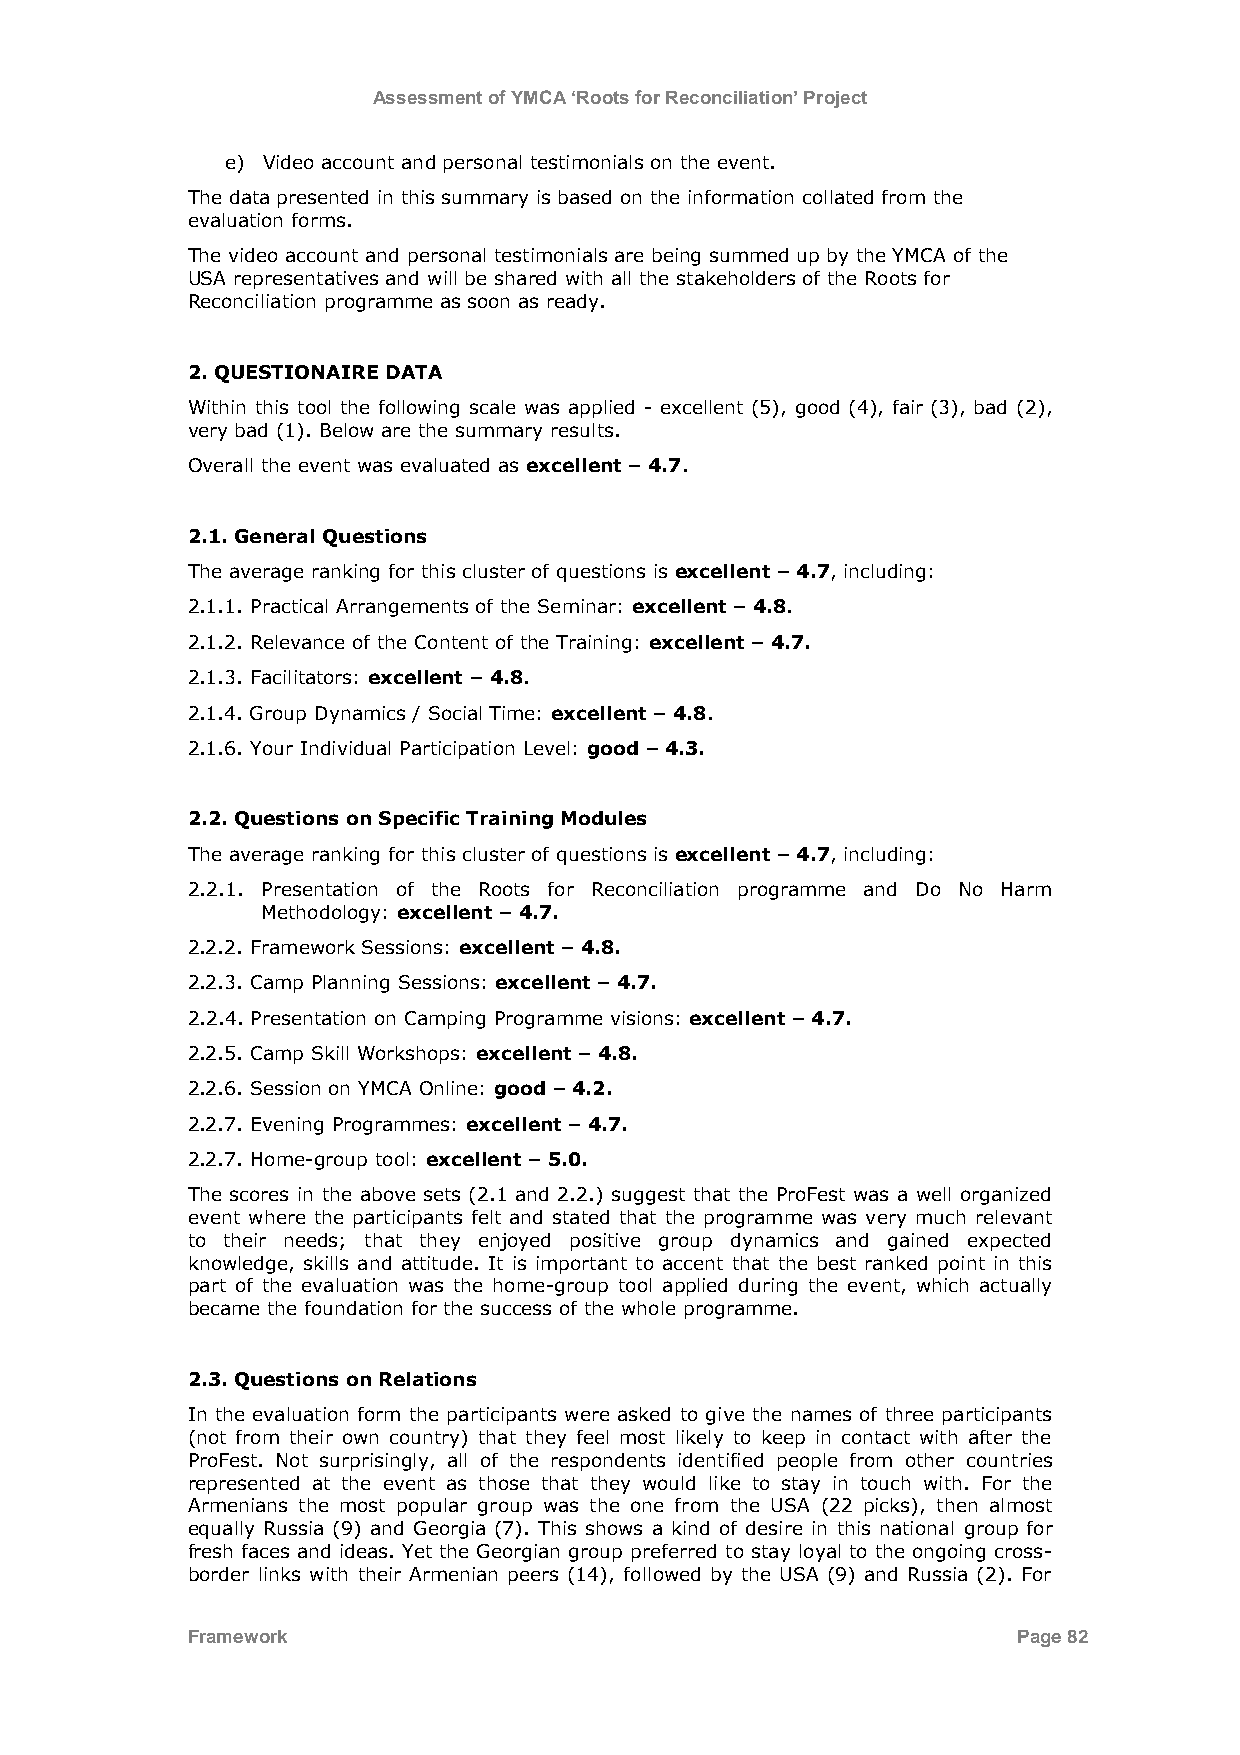
Assessment of YMCA ‘Roots for Reconciliation’ Project
 e) Video account and personal testimonials on the event.
 The data presented in this summary is based on the information collated from the
 evaluation forms.
 The video account and personal testimonials are being summed up by the YMCA of the
 USA representatives and will be shared with all the stakeholders of the Roots for
 Reconciliation programme as soon as ready.
 2. QUESTIONAIRE DATA
 Within this tool the following scale was applied - excellent (5), good (4), fair (3), bad (2),
 very bad (1). Below are the summary results.
 Overall the event was evaluated as excellent – 4.7.
 2.1. General Questions
 The average ranking for this cluster of questions is excellent – 4.7, including:
 2.1.1. Practical Arrangements of the Seminar: excellent – 4.8.
 2.1.2. Relevance of the Content of the Training: excellent – 4.7.
 2.1.3. Facilitators: excellent – 4.8.
 2.1.4. Group Dynamics / Social Time: excellent – 4.8.
 2.1.6. Your Individual Participation Level: good – 4.3.
 2.2. Questions on Specific Training Modules
 The average ranking for this cluster of questions is excellent – 4.7, including:
 2.2.1. Presentation of the Roots for Reconciliation programme and Do No Harm
 Methodology: excellent – 4.7.
 2.2.2. Framework Sessions: excellent – 4.8.
 2.2.3. Camp Planning Sessions: excellent – 4.7.
 2.2.4. Presentation on Camping Programme visions: excellent – 4.7.
 2.2.5. Camp Skill Workshops: excellent – 4.8.
 2.2.6. Session on YMCA Online: good – 4.2.
 2.2.7. Evening Programmes: excellent – 4.7.
 2.2.7. Home-group tool: excellent – 5.0.
 The scores in the above sets (2.1 and 2.2.) suggest that the ProFest was a well organized
 event where the participants felt and stated that the programme was very much relevant
 to their needs; that they enjoyed positive group dynamics and gained expected
 knowledge, skills and attitude. It is important to accent that the best ranked point in this
 part of the evaluation was the home-group tool applied during the event, which actually
 became the foundation for the success of the whole programme.
 2.3. Questions on Relations
 In the evaluation form the participants were asked to give the names of three participants
 (not from their own country) that they feel most likely to keep in contact with after the
 ProFest. Not surprisingly, all of the respondents identified people from other countries
 represented at the event as those that they would like to stay in touch with. For the
 Armenians the most popular group was the one from the USA (22 picks), then almost
 equally Russia (9) and Georgia (7). This shows a kind of desire in this national group for
 fresh faces and ideas. Yet the Georgian group preferred to stay loyal to the ongoing cross-
 border links with their Armenian peers (14), followed by the USA (9) and Russia (2). For
 Framework                                              Page 82